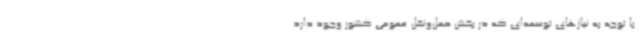
با توجه به نیازهای توسعه‌ای که در بخش حمل‌ونقل عمومی کشور وجود دارد